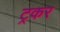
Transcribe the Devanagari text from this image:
ट्रकर